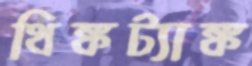
থিঙ্কট্যাঙ্ক